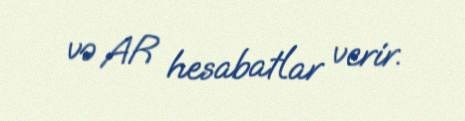
və AR hesabatlar verir.